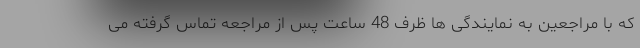
که با مراجعین به نمایندگی ها ظرف 48 ساعت پس از مراجعه تماس گرفته می